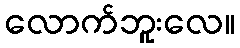
လောက်ဘူးလေ။